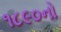
૧૮૯૦નો